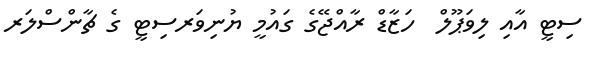
ސިޓީ އާއި ލިވަޕޫލް  ހަޒާޑް ރާއްޖޭގެ ގައުމީ ޔުނިވަރސިޓީ ގެ ޗާންސްލަރ